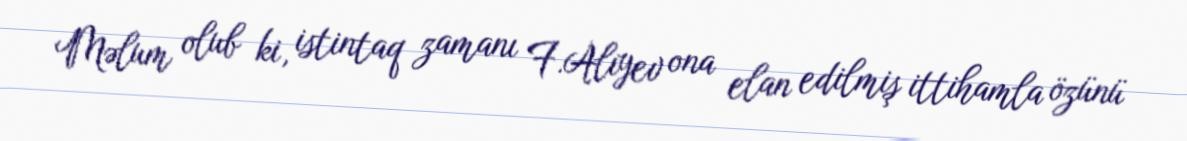
Məlum olub ki, istintaq zamanı F.Alıyev ona elan edilmiş ittihamla özünü